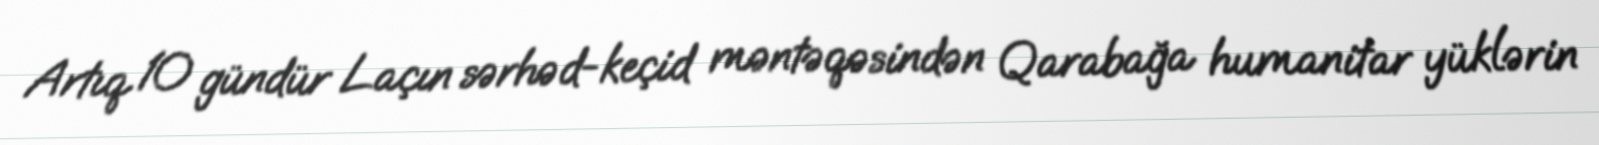
Artıq 10 gündür Laçın sərhəd-keçid məntəqəsindən Qarabağa humanitar yüklərin